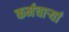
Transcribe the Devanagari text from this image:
कर्मचाऱ्यां